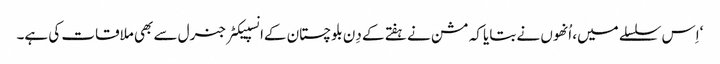
‘اِس سلسلے میں، اُنھوں نے بتایا کہ مشن نے ہفتے کے دِن بلوچستان کےانسپیکٹر جنرل سے بھی ملاقات کی ہے۔